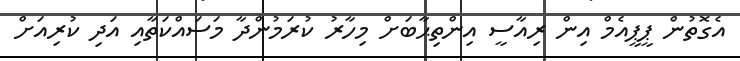
އެގޮތުން ޕީޕީއެމް އިން ރިއާސީ އިންތިޙާބަށް މިހާރު ކުރަމުންދާ މަސައްކަތާއި އަދި ކުރިއަށް